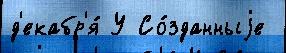
д'екабр'я́ У Со́зданныjе